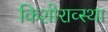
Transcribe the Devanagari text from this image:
किशोराव्स्था